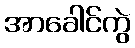
အာခေါင်ကွဲ